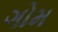
ગોમ